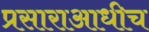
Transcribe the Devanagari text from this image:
प्रसाराआधीच